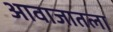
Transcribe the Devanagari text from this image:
आवाजातला